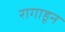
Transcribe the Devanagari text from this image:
रागाहून